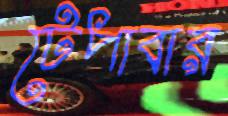
টেপাবার